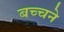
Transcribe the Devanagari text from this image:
बच्चने